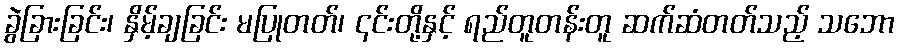
ခွဲခြားခြင်း၊ နှိမ့်ချခြင်း မပြုတတ်၊ ၎င်းတို့နှင့် ရည်တူတန်းတူ ဆက်ဆံတတ်သည့် သဘော